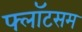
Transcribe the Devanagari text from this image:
फ्लॉटसम